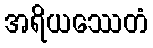
အရိယဿေတံ